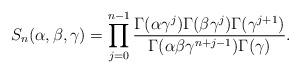
LaTeX: \begin{align*} S_n(\alpha,\beta,\gamma)=\prod_{j=0}^{n-1}\frac{\Gamma(\alpha\gamma^{j})\Gamma(\beta\gamma^{j})\Gamma(\gamma^{j+1})}{\Gamma(\alpha\beta\gamma^{n+j-1})\Gamma(\gamma)}.\end{align*}